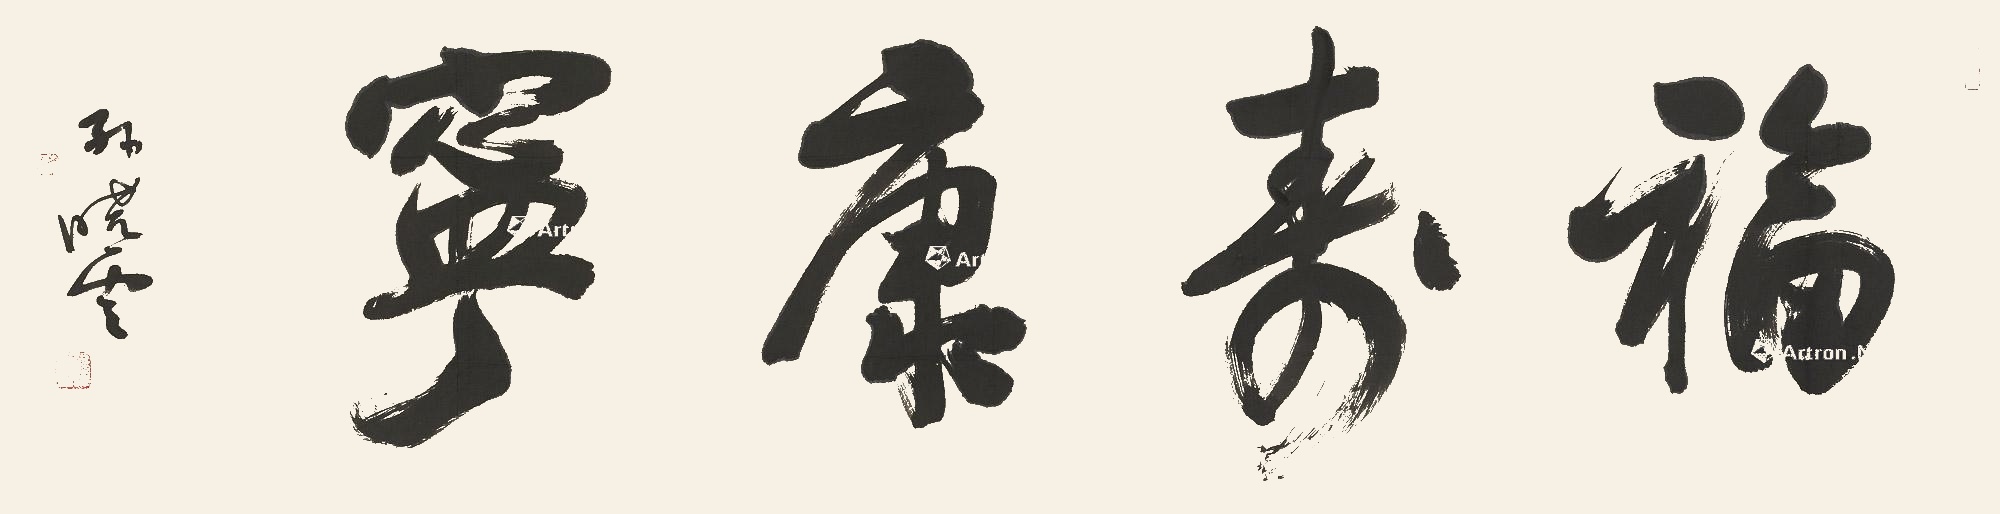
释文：福寿康宁。孙晓云。